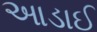
આડાઈ